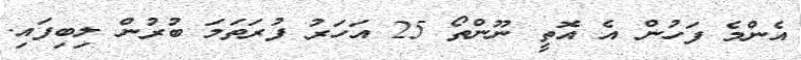
އެންމެ ފަހުން އެ އޮތީ ނޫންތޯ 25 އަހަރު ފުރަތަމަ ބުރުން ލިބިފައި.